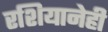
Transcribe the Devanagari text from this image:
रशियानेही